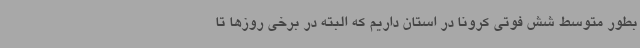
بطور متوسط شش فوتی کرونا در استان داریم که البته در برخی روزها تا